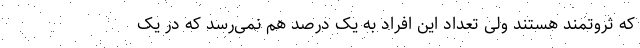
که ثروتمند هستند ولی تعداد این افراد به یک درصد هم نمی‌رسد که در یک